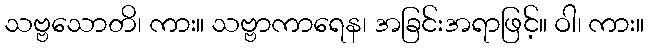
သဗ္ဗသောတိ၊ ကား။ သဗ္ဗာကာရေန၊ အခြင်းအရာဖြင့်။ ဝါ၊ ကား။